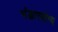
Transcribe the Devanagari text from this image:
भंडारयोग्य